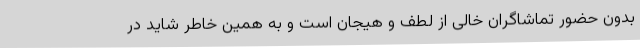
بدون حضور تماشاگران خالی از لطف و هیجان است و به همین خاطر شاید در